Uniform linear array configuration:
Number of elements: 32
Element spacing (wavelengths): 0.25
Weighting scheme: cosine
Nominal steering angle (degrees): -60
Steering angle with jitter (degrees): -58.543
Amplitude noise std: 0.05
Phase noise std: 0.05

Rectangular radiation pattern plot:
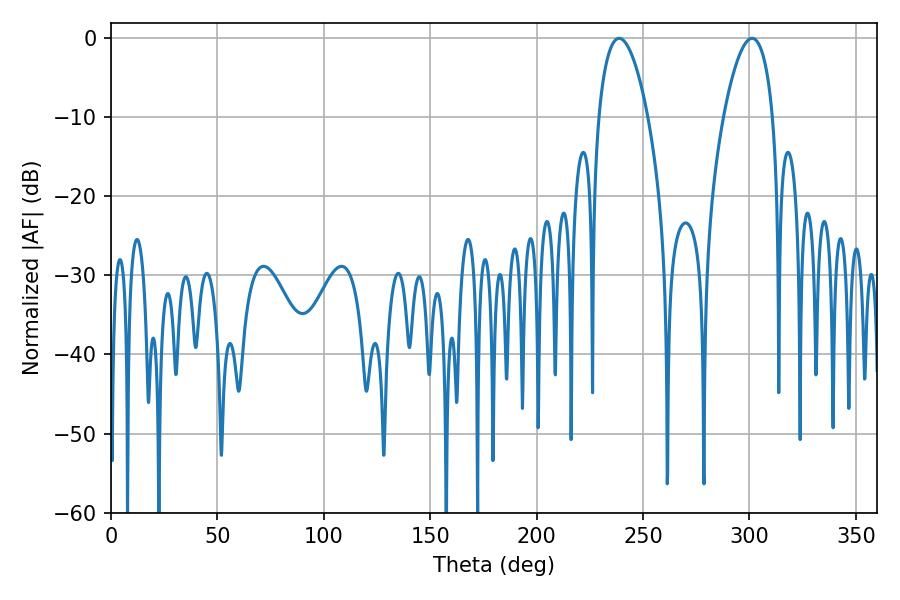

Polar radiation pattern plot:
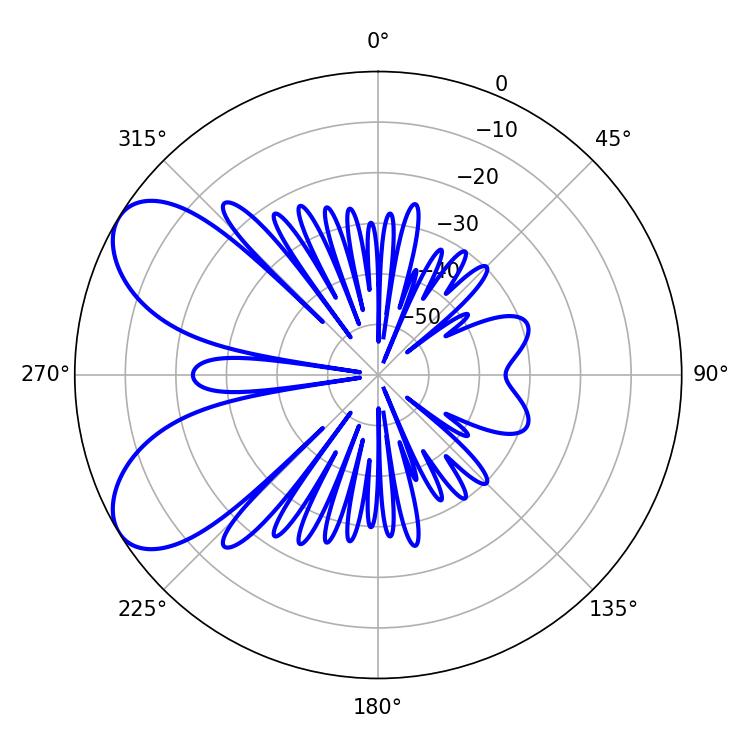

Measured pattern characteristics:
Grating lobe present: FALSE
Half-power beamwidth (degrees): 12.96
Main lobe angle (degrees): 238.68